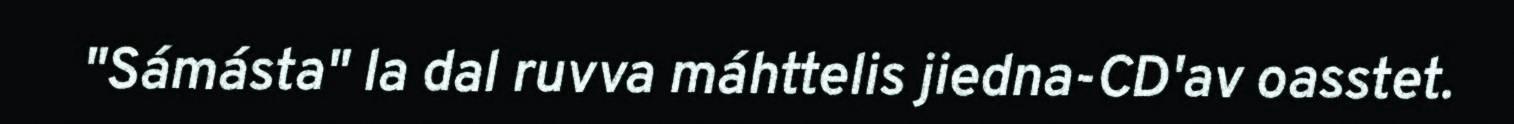
"Sámásta" la dal ruvva máhttelis jiedna-CD'av oasstet.